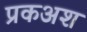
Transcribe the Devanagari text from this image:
प्रकअश